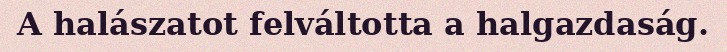
A halászatot felváltotta a halgazdaság.